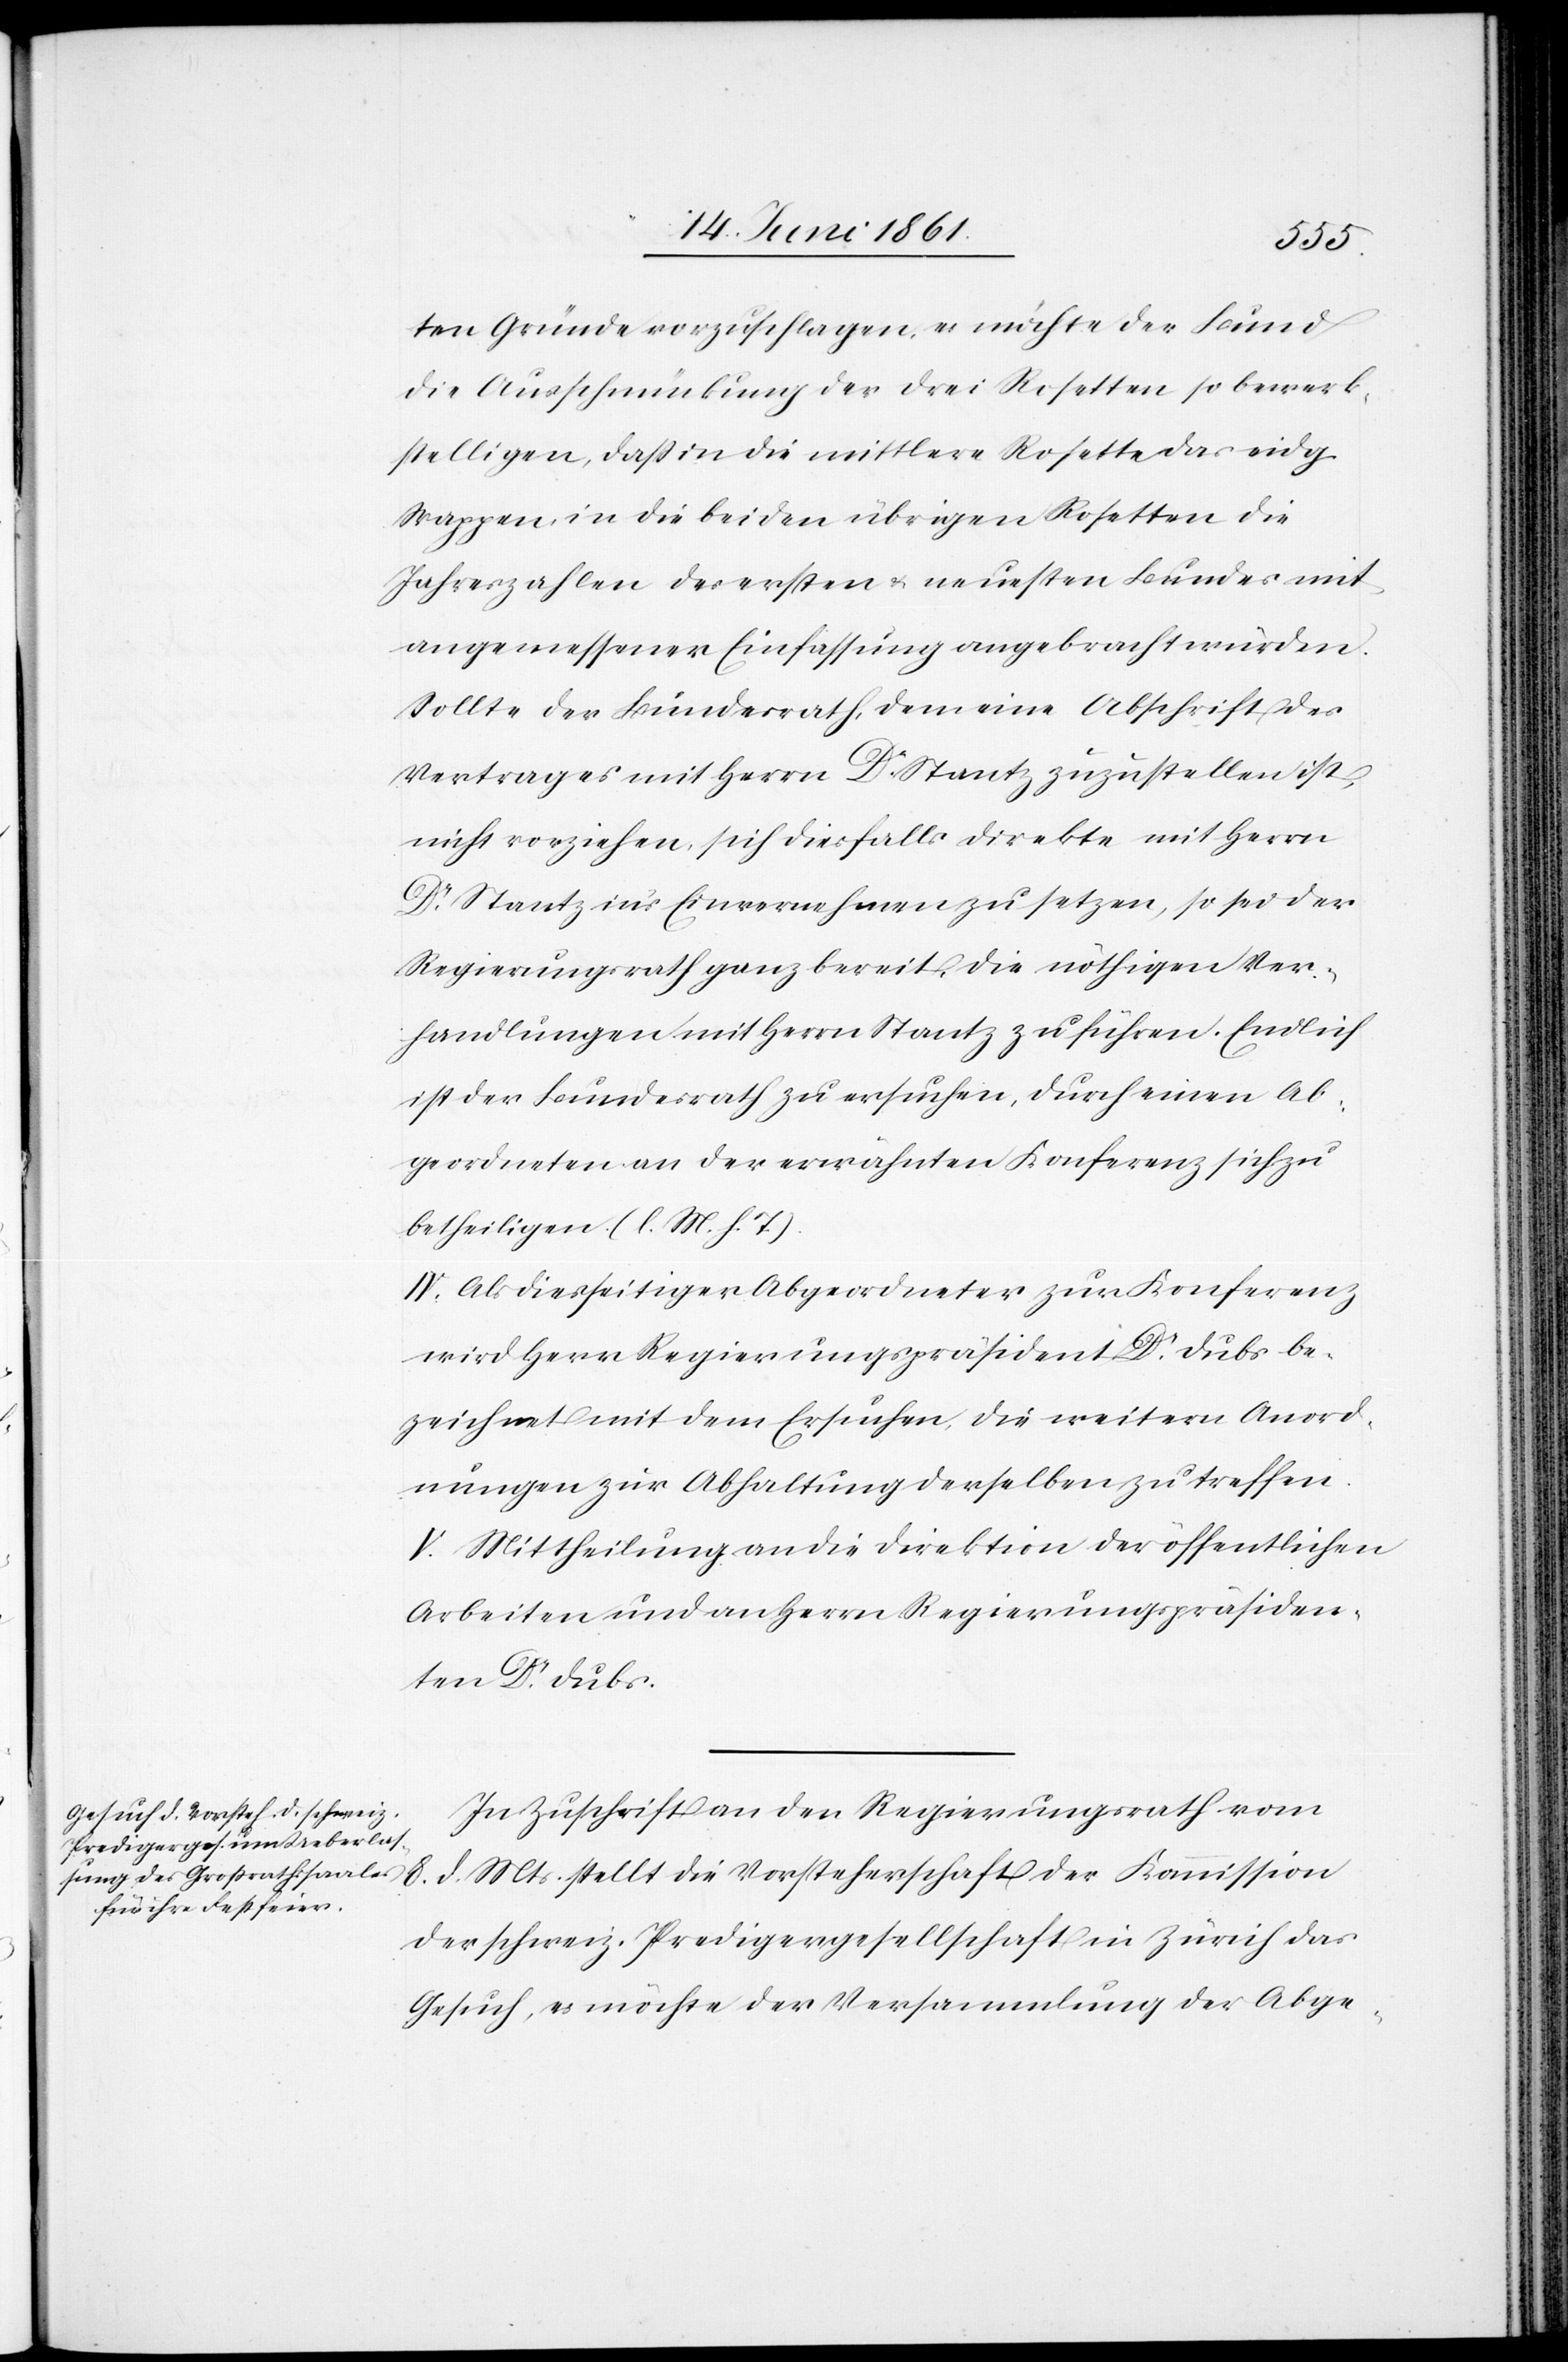
ten Gründe vorzuschlagen, es möchte der Bund
die Ausschmückung der drei Rosetten so bewerk¬
stelligen, dass in die mittlere Rosette das eidg.
Wappen, in den beiden übrigen Rosetten die
Jahreszahlen des ersten u. neusten Bundes mit
angemessener Einfassung angebracht würden.
Sollte der Bundesrath, dem eine Abschrift des
Vertrages mit Herrn Dr Stantz zuzustellen ist,
nicht vorziehen, sich diesfalls direkte mit Herrn
Dr Stantz in’s Einvernehmen zu setzen, so sei der
Regierungsrath ganz bereit, die nöthigen Ver¬
handlungen mit Herrn Stantz zu führen. Endlich
ist der Bundesrath zu ersuchen, durch einen Ab¬
geordneten an der erwähnten Konferenz sich zu
betheiligen. (l. M. h. T).
IV. Als diesseitiger Abgeordneter zur Konferenz
wird Herr Regierungspräsident Dr Dubs be¬
zeichnet mit dem Ersuche, die weitern Anord¬
nungen zur Abhaltung derselben zu treffen.
V. Mittheilung an die Direktion der öffentlichen
Arbeiten und an Herrn Regierungspräsiden¬
t Dr Dubs.
In Zuschrift an den Regierungsrath vom
8. d. Mts. stellt die Vorsteherschaft der Kommission
der schweiz. Predigergesellschaft in Zürich das
Gesuch, es möchte der Versammlung der Abge-